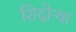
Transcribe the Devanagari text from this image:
शिदोऱ्या